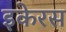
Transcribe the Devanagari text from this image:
इकेरस